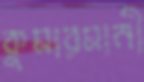
কুমারমানী